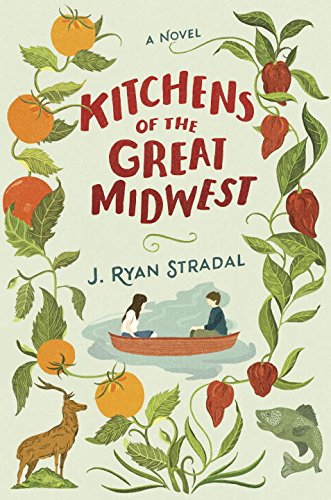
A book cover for Kitchens of the Great Midwest: A Novel; J. Ryan Stradal; Literature & Fiction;